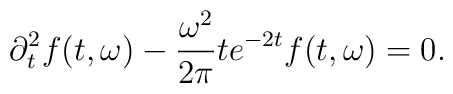
\partial_t^2 f(t,\omega)-\frac{\omega^2}{2\pi} t e^{-2t} f(t,\omega)=0.